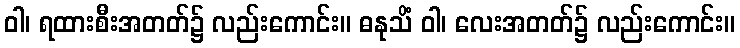
ဝါ၊ ရထားစီးအတတ်၌ လည်းကောင်း။ ဓနုသိံ ဝါ၊ လေးအတတ်၌ လည်းကောင်း။